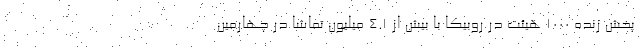
پخش زنده ١٠٠٠ هیئت‌ در روبیکا با بیش از ۴.١ میلیون تماشا در چهارمین